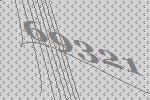
69321